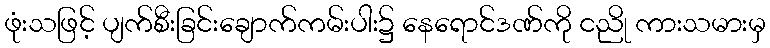
ဖုံးသဖြင့် ပျက်စီးခြင်းချောက်ကမ်းပါး၌ နေရောင်ဒဏ်ကို ငညို ကားသမားမှ